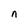
Character: n